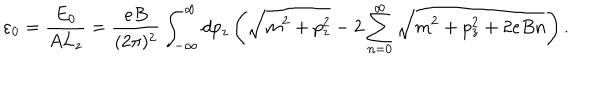
LaTeX: \varepsilon _ { 0 } = \frac { E _ { 0 } } { A L _ { z } } = \frac { e B } { ( 2 \pi ) ^ { 2 } } \int _ { - \infty } ^ { \infty } d p _ { z } \left( \sqrt { m ^ { 2 } + p _ { z } ^ { 2 } } - 2 \sum _ { n = 0 } ^ { \infty } \sqrt { m ^ { 2 } + p _ { z } ^ { 2 } + 2 e B n } \right) .